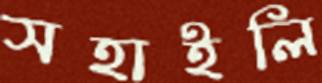
সহাইলি